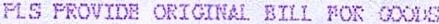
PLS PROVIDE ORIGINAL BILL FOR GOODS